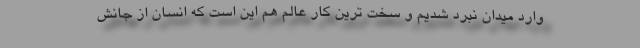
وارد میدان نبرد شدیم و سخت ترین کار عالم هم این است که انسان از جانش